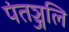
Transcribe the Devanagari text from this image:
पंतञ्जलि